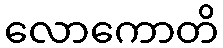
လောကောတိ